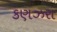
કણઝરા